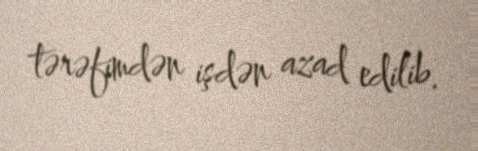
tərəfimdən işdən azad edilib.